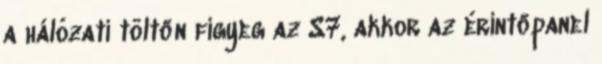
a hálózati töltőn figyeg az S7, akkor az érintőpanel